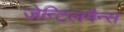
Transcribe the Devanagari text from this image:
जेन्टिलमैन्स